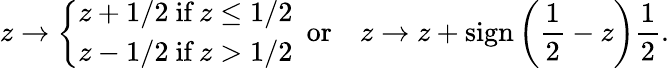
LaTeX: z\to\left\{ \begin{array}{ll}{z+1/2\ \textrm{if}\ z\leq 1/2}\\ {z-1/2\ \textrm{if}\ z>1/2}\end{array}\right.\ \ \textrm{or}\quad z\to z+\textrm{sign}\left(\frac{1}{2}-z\right)\frac{1}{2}.